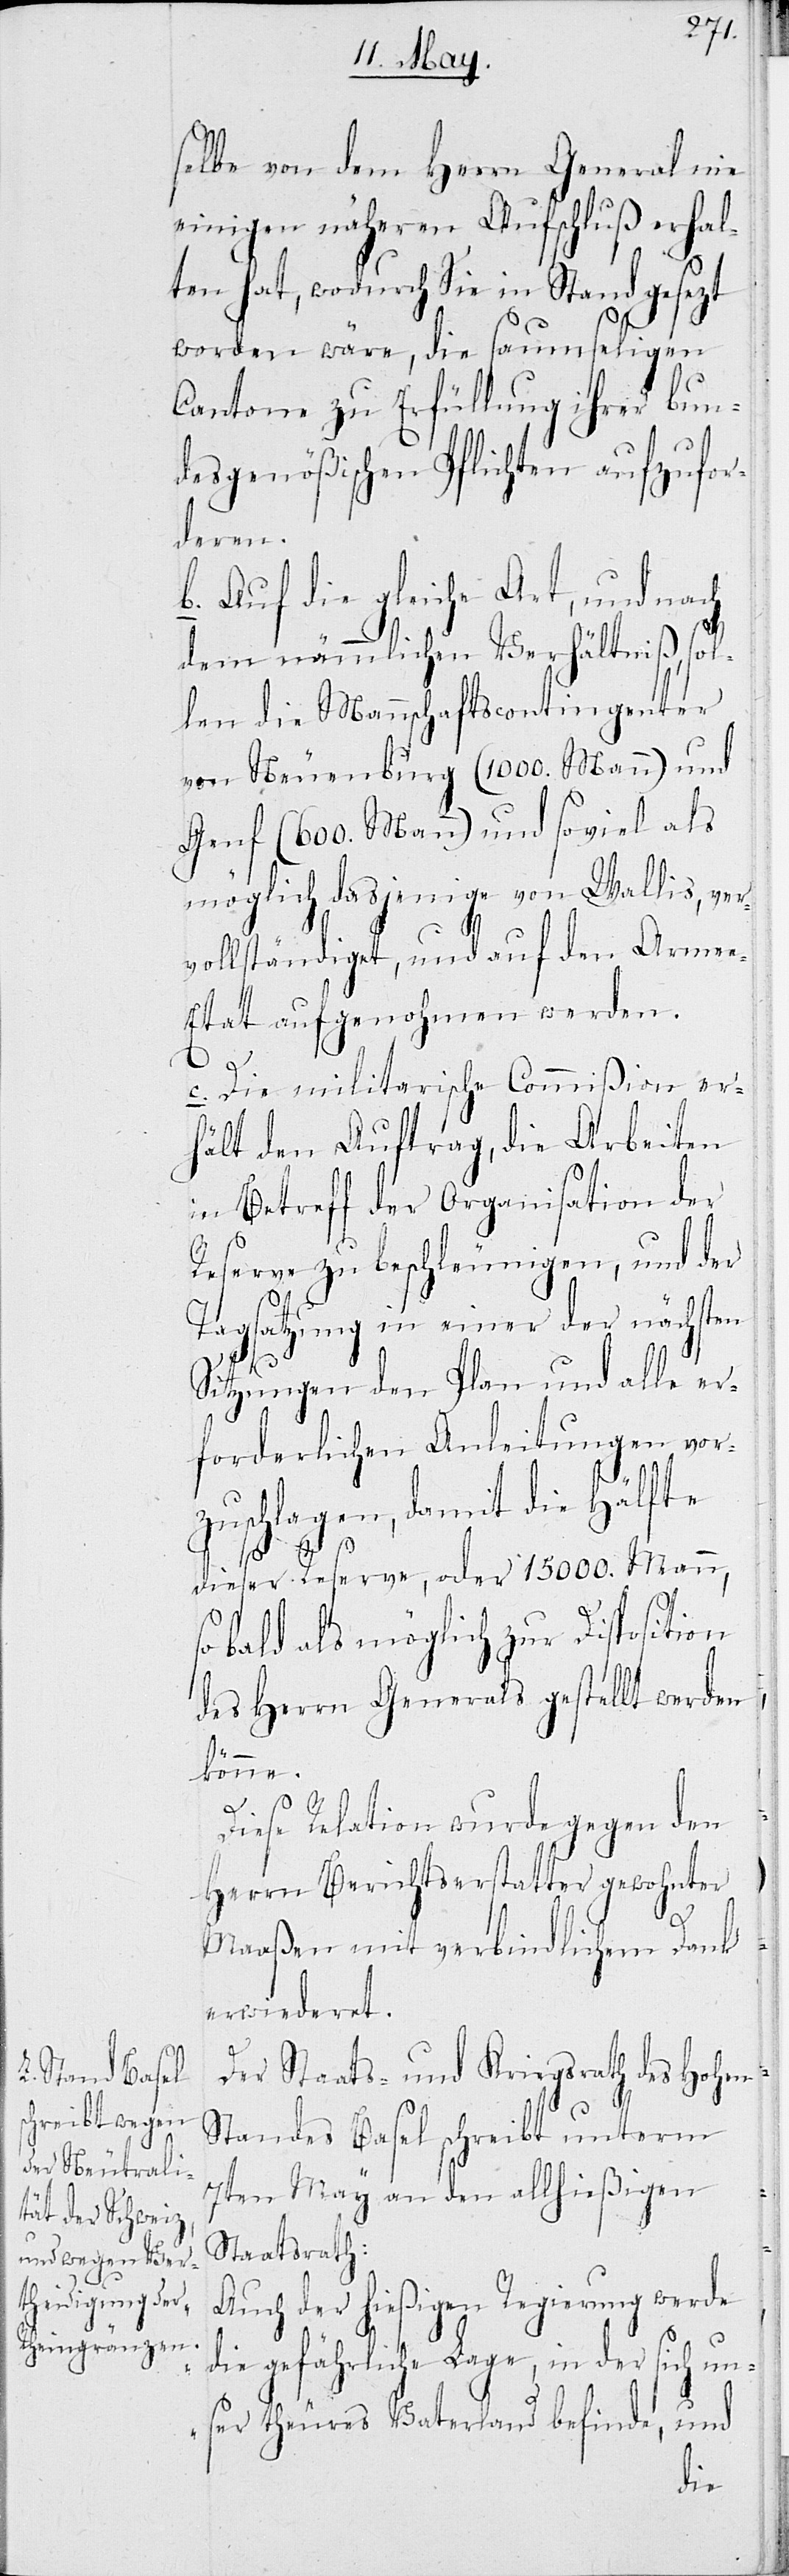
selbe von dem Herrn General nie
einigen näheren Aufschluß erhal¬
ten hat, wodurch Sie in Stand gesezt
worden wäre, die saumseligen
Cantone zu Erfüllung ihrer bun¬
desmäßigen Pflichten aufzufor¬
deren.
b. Auf die gleiche Art, und nach
dem nämmlichen Verhältnis, sol¬
len die Mannschaftscontingenter
von Neuenburg (1000. Mann) und
Genf (600. Mann) und soviel als
möglich dasjenige von Wallis, ver¬
vollständiget, und auf den Arme¬
e-Etat aufgenohmen werden.
c. Die militarische Commißion er¬
hält den Auftrag, die Arbeiten
in Betreff der Organisation der
Reserve zu beschleunigen, und der
Tagsatzung in einer der nächsten
Sitzungen den Plan und alle er¬
forderlichen Anleitungen vor¬
zuschlagen, damit die Hälfte
dieser Reserve, oder 15000. Mann,
so bald als möglich zur Disposition
des Herrn Generals gestellt werden
können.
Diese Relation wurde gegen den
Herrn Berichtserstatter gewohnter
Maaßen mit verbindlichem Dank
erwiederet.
Der Staats- und Kriegsrath des Hohen
Standes Basel schreibt unterm
7ten May an den allhießigen
Staatsrath:
„Auch der hießigen Regierung werde
die gefährliche Lage, in der sich un¬
ser theures Vaterland befinde, und